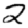
Digit: 2